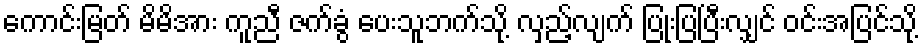
ကောင်းမြတ် မိမိအား ကူညီ ဇက်ခွံ ပေးသူဘက်သို့ လှည့်လျက် ပြုံးပြပြီးလျှင် ဝင်းအပြင်သို့